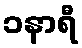
၁နာရီ